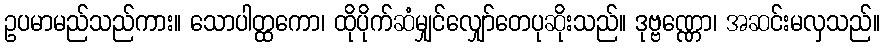
ဥပမာမည်သည်ကား။ သောပါတ္ထကော၊ ထိုပိုက်ဆံမျှင်လျှော်တေပုဆိုးသည်။ ဒုဗ္ဗဏ္ဏော၊ အဆင်းမလှသည်။